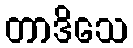
တာဒိသေ